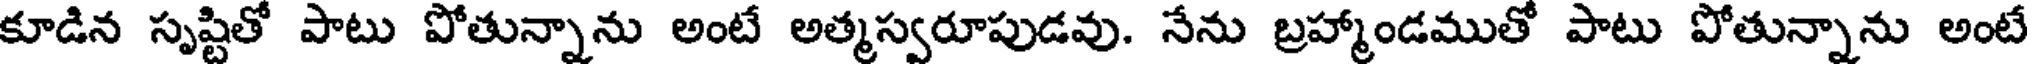
కూడిన సృష్టితో పాటు పోతున్నాను అంటే అత్మస్వరూపుడవు. నేను బ్రహ్మాండముతో పాటు పోతున్నాను అంటే